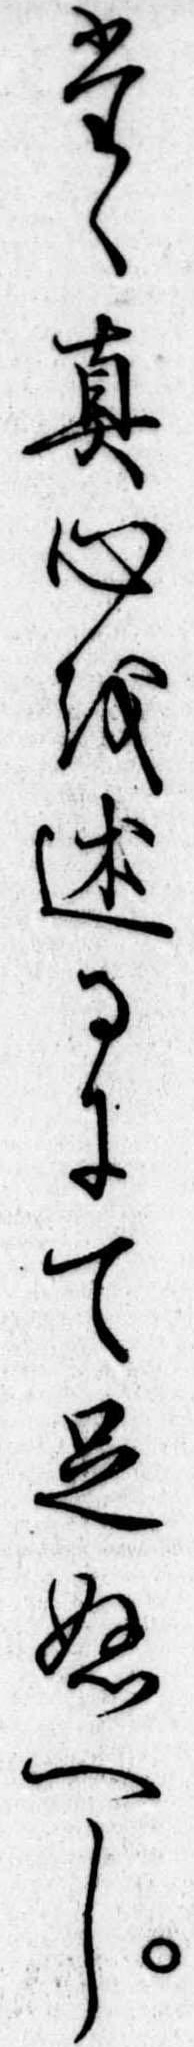
たゝ真心を述るにて足ぬへし